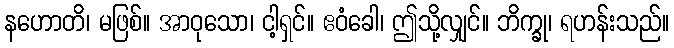
နဟောတိ၊ မဖြစ်။ အာဝုသော၊ ငါ့ရှင်။ ဧဝံခေါ၊ ဤသို့လျှင်။ ဘိက္ခု၊ ရဟန်းသည်။